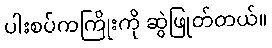
ပါးစပ်ကကြိုးကို ဆွဲဖြုတ်တယ်။